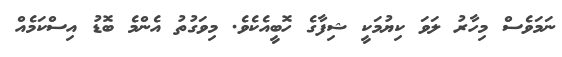
ނަމަވެސް މިހާރު ލަވަ ކިޔުމަކީ ޝިފާގެ ހޮބީއެކެވެ. މިވަގުތު އެންމެ ބޮޑު އިސްކަމެއް